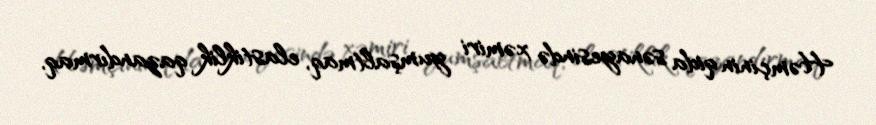
Həmçinin qida sənayesində xəmiri yumşaltmaq, elastiklik qazandırmaq,